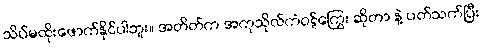
သိပ်မထိုးဖောက်နိုင်ပါဘူး။ အတိတ်က အကုသိုလ်ကံဝဋ်ကြွေး ဆိုတာ နဲ့ ပတ်သက်ပြီး